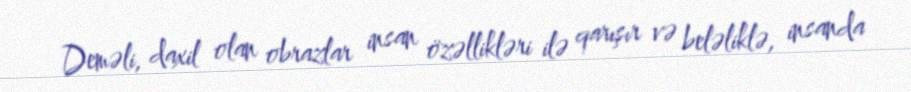
Deməli, daxil olan obrazlar insan özəllikləri ilə qarışır və beləliklə, insanda